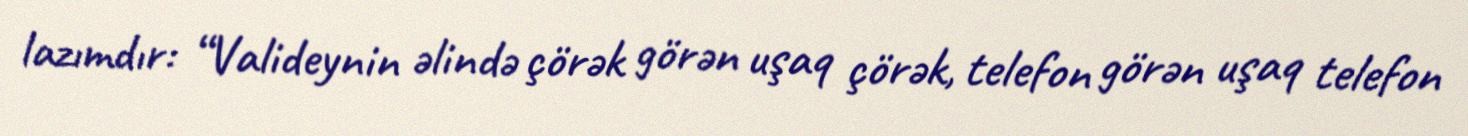
lazımdır: “Valideynin əlində çörək görən uşaq çörək, telefon görən uşaq telefon